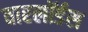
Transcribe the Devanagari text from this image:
वारलॉर्डस